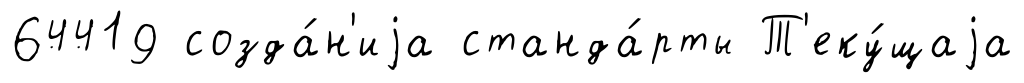
64419 созда́н'иjа станда́рты Т'еку́щаjа